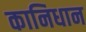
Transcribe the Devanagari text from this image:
कानिधान